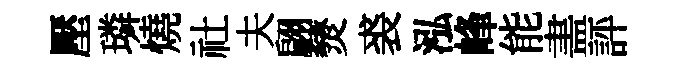
壓璘燒社夫翩燹裘泓峰能𥁞評